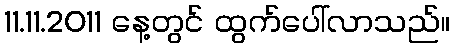
11.11.2011 နေ့တွင် ထွက်ပေါ်လာသည်။